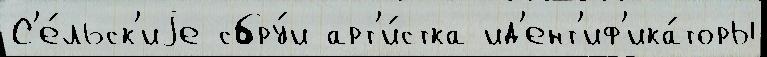
С'е́льск'иjе сбру́и арт'и́стка ид'ент'иф'ика́торы